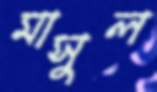
মাসুল